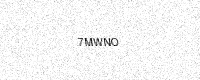
Text: 7MWNO